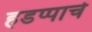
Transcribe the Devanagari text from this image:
हडप्पाचे